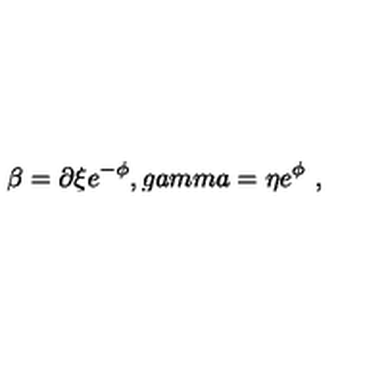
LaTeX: \beta = \partial \xi e ^ { - \phi } , g a m m a = \eta e ^ { \phi } \ ,